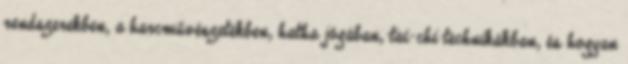
rendszerekben, a harcművészetekben, hatha jógában, tai-chi technikákban, és hogyan